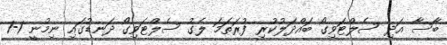
ބާސާ އަދި ސެލްޓަވިގޯ ބައްދަލުކުރި ފުރަތަމަ ލެގު ސެލްޓަވިގޯ ދަނޑުގައި ނިމުނީ 1-1